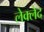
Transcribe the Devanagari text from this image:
लेक्लेद